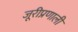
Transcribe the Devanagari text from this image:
जूरीप्रणाली